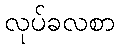
လုပ်ခလစာ